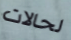
لحالات